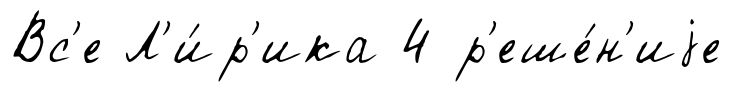
Вс'е Л'и́р'ика 4 р'еше́н'иjе